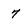
Character: 7